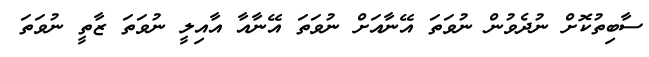
ސާބިތުކޮށް ނުދެވުން ނުވަތަ އޭނާއަށް ނުވަތަ އޭނާއާ އާއިލީ ނުވަތަ ޒާތީ ނުވަތަ